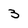
Character: 3